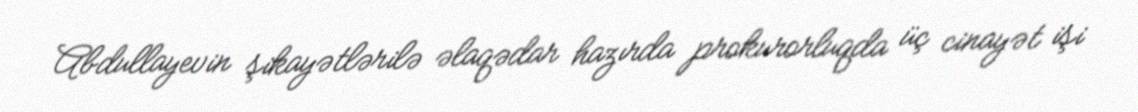
Abdullayevin şikayətlərilə əlaqədar hazırda prokurorluqda üç cinayət işi